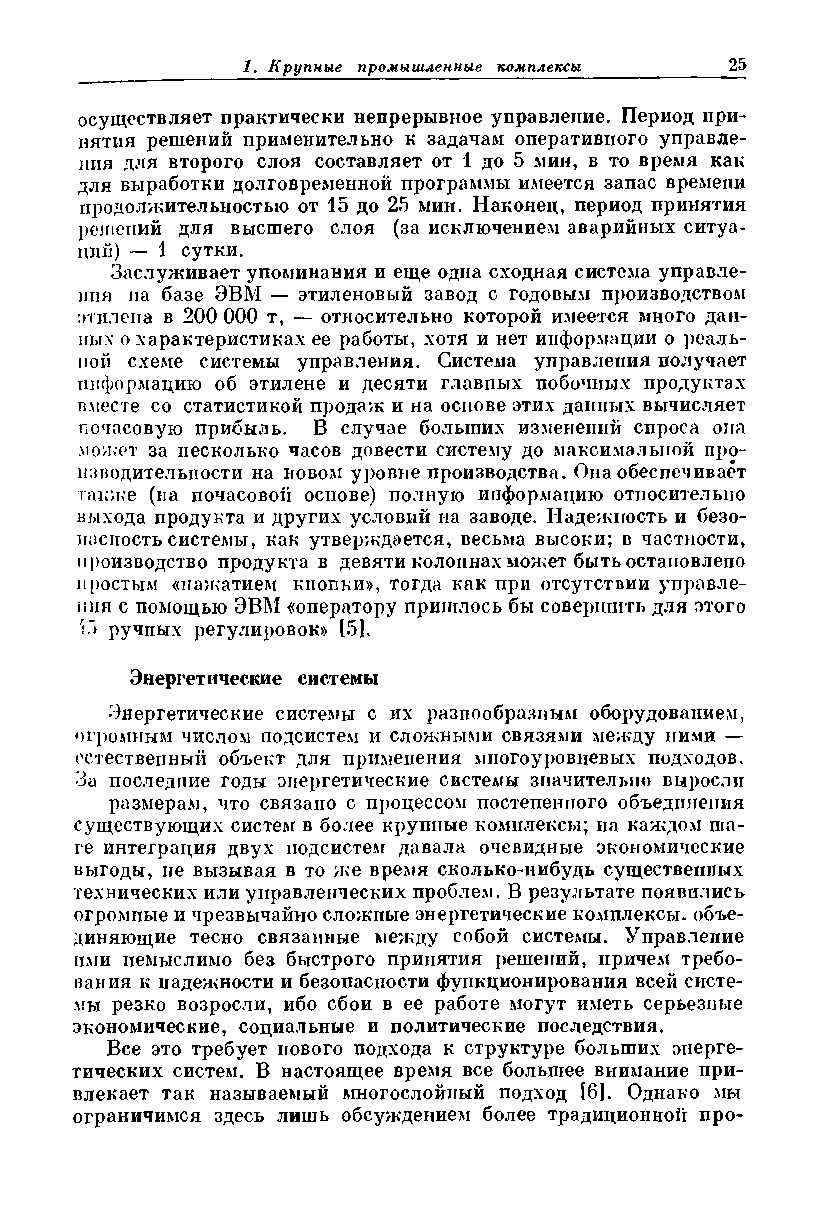
осуществляет практически непрерывное управление. Период при­
 нятия решений применительно к задачам оперативного управле­
 ния для второго слоя составляет от 1 до 5 мин, в то время как
 для выработки долговременной программы имеется запас времени
 продолжительностью от 15 до 25 мин. Наконец, период принятия
 решений для высшего слоя (за исключением аварийных ситуа­
 ции) — 1 сутки.
 Заслуживает упоминания и еще одна сходная система управле­
 ния на базе ЭВМ — этиленовый завод с годовым производством
 этилена в 200 000 т, — относительно которой имеется много дан­
 ных о характеристиках ее работы, хотя и нет информации о реаль­
 ной схеме системы управления. Система управления получает
 информацию об этилене и десяти главных побочных продуктах
 вместе со статистикой продаж и на основе этих данных вычисляет
 почасовую прибыль. В случае больших изменений спроса она
 может за несколько часов довести систему до максимальной про­
 изводительности на новом уровне производства. Она обеспечивает
 также (на почасовой основе) полную ипфорлгацию относительно
 выхода продукта и других условий па заводе. Надежность и безо­
 пасность системы, как утверждается, весьма высоки; в частности,
 производство продукта в девяти колоннах может быть остановлено
 простым «нажатием кнопки», тогда как при отсутствии управле­
 ния с помощью ЭВМ «оператору пришлось бы совершить для этого
 к"> ручных регулировок» [5].
 Энергетические системы
 Энергетические системы с их разнообразным оборудованием,
 огромным числом подсистем и сложными связями между ними —
 естественный объект для применения многоуровневых подходов.
 За последние годы энергетические системы значительно выросли
 размерам, что связано с процессом постепенного объединения
 существующих систем в более крупные комплексы; на каждом та­
 ге интеграция двух подсистем давала очевидные экономические
 выгоды, не вызывая в то же время сколько-нибудь существенных
 технических или управленческих проблем. В результате появились
 огромные и чрезвычайно сложные энергетические комплексы, объе­
 диняющие тесно связанные между собой системы. Управление
 ими немыслимо без быстрого принятия решений, причем требо­
 вания к надежности и безопасности функционирования всей систе­
 мы резко возросли, ибо сбои в ее работе могут иметь серьезные
 экономические, социальные и политические последствия.
 Все это требует нового подхода к структуре больших энерге­
 тических систем. В настоящее время все большее внимание при­
 влекает так называемый многослойный подход [6]. Однако мы
 ограничимся здесь лишь обсуждением более традиционной про-